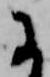
に